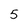
Character: 5